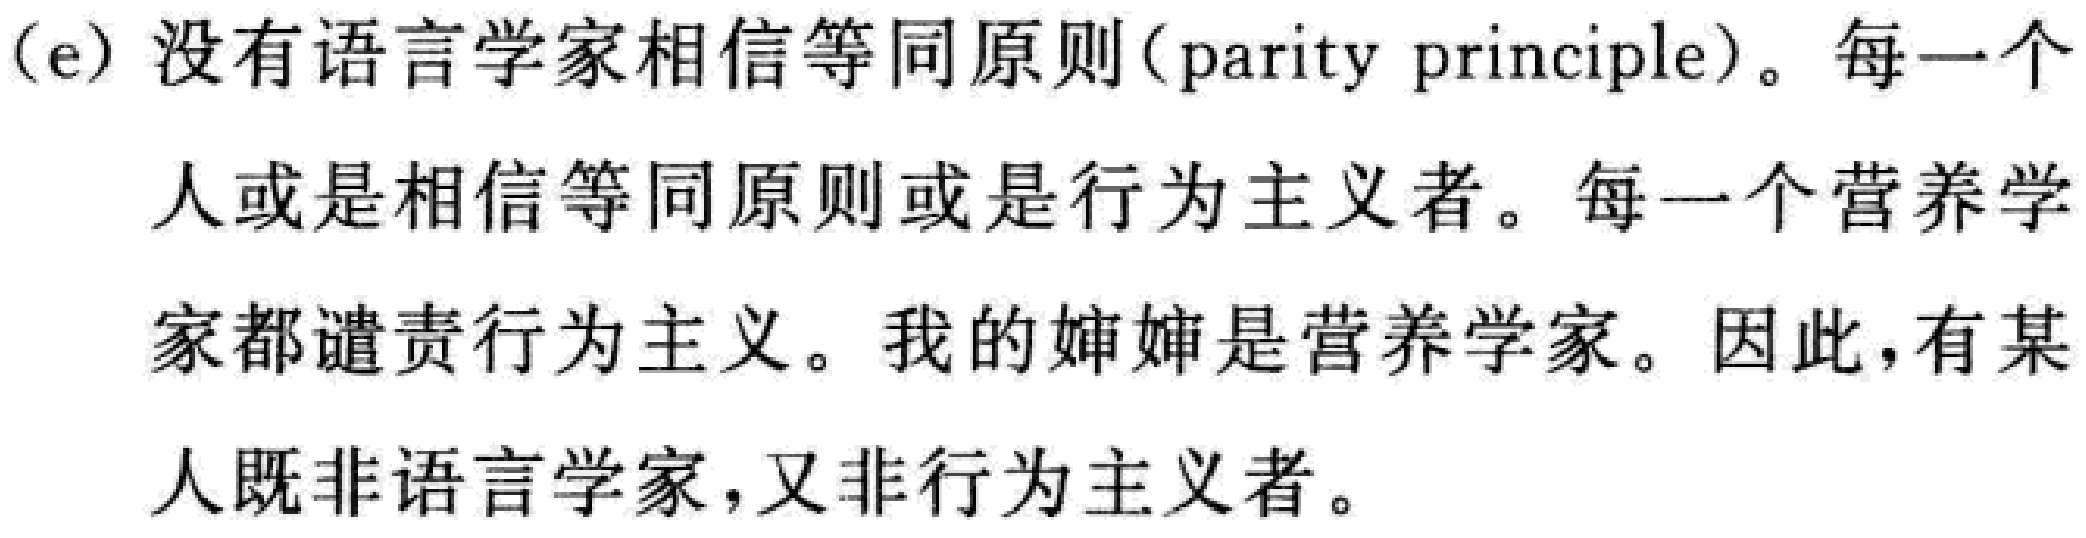
(e) 没有语言学家相信等同原则(parity principle)。每一个人或是相信等同原则或是行为主义者。每一个营养学家都谴责行为主义。我的婶婶是营养学家。因此, 有某人既非语言学家, 又非行为主义者。